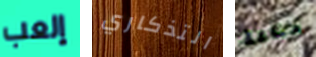
إلعب التذكاري مناعة